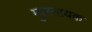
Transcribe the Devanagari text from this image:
मुलनायक